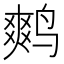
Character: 𮭪